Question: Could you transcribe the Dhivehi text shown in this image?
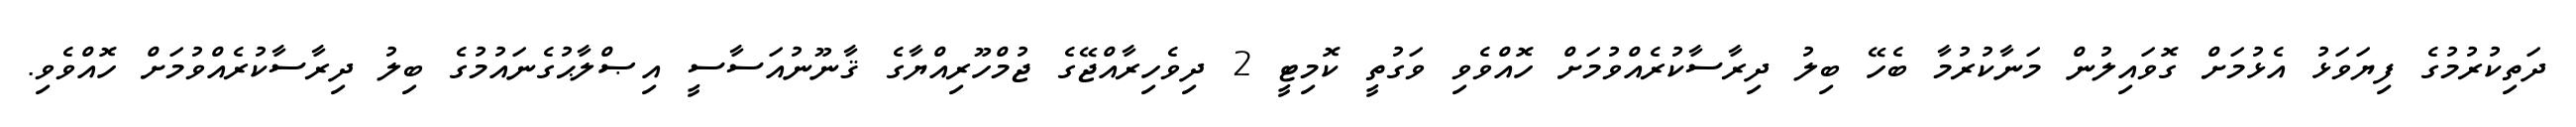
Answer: ދަތިކުރުމުގެ ފިޔަވަޅު އެޅުމަށް ގޮވައިލުން މަނާކުރުމާ ބެހޭ ބިލު ދިރާސާކުރެއްވުމަށް ހޮއްވެވި ވަގުތީ ކޮމިޓީ 2 ދިވެހިރާއްޖޭގެ ޖުމްހޫރިއްޔާގެ ޤާނޫނުއަސާސީ އިޞްލާޙުގެނައުމުގެ ބިލު ދިރާސާކުރެއްވުމަށް ހޮއްވެވި.